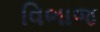
વિભાજ